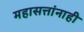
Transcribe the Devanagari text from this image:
महासत्तांनाही